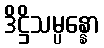
ဒိဋ္ဌိသမ္ပန္နော